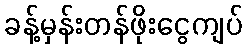
ခန့်မှန်းတန်ဖိုးငွေကျပ်